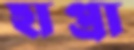
হাপ্‌রা